NAE_ERA_R-2632_ENSV_TA_Emakeele_Selts_1945-1955, lk 76
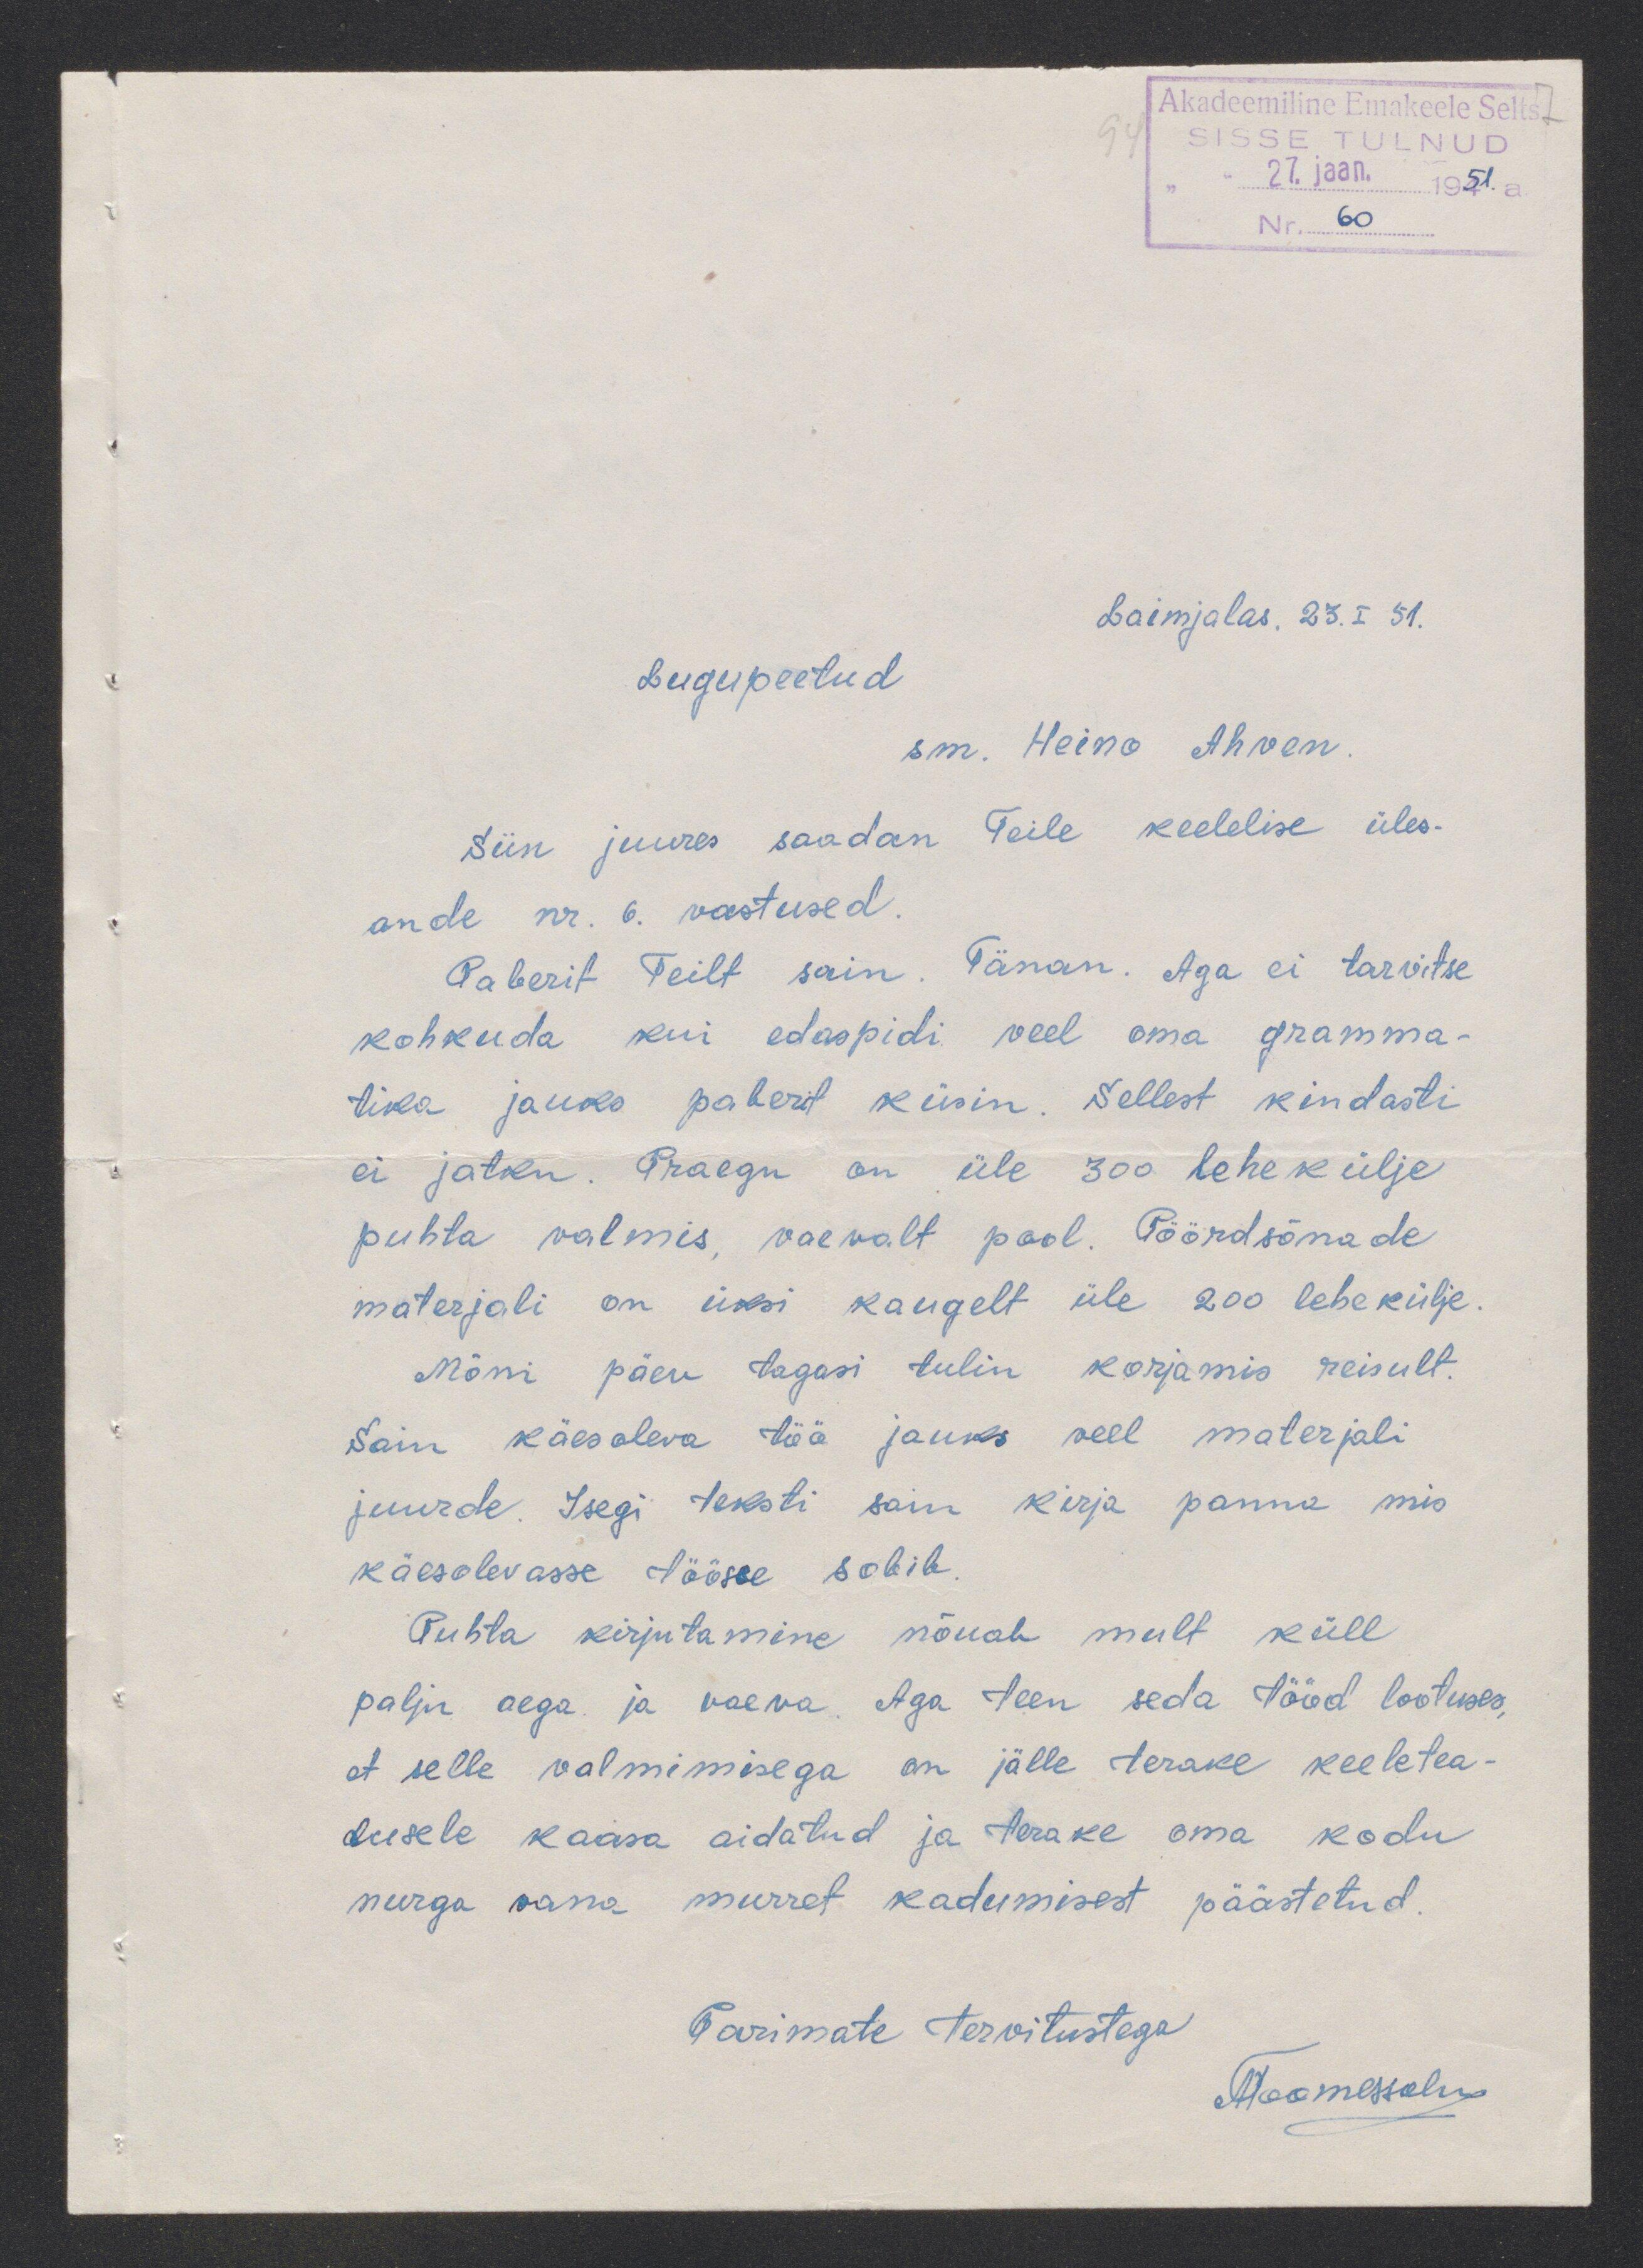
Akadeemiline Emakeele Selts
SISSE TULNUD
27. jaan 1951. a
60
Laimjalas. 23. I 51.
Lugupeetud
sm. Heino Ahven.
Siin juures saadan Teile keelelise üles-
ande nr. 6 vastused.
Paberit Teilt sain. Tänan. Aga ei tarvitse
kohkuda kui edaspidi veel oma gramma-
tika jauks paberit küsin. Sellest kindasti
ei jätku. Praegu on üle 300 lehekülje
puhta valmis, vaevalt pool. Pöördsõnade
materjali on üksi kaugelt üle 200 lehekülje
Mõni päev tagasi tulin korjamis reisult.
Sain käesoleva töö jauks veel materjali
juurde. Isegi teksti sain kirja panna mis
käesolevasse töösse sobib.
Puhta kirjutamine nõuab mult küll
palju aega ja vaeva. Aga teen seda tööd lootuses,
et selle valmimisega on jälle terake keeletea-
dusele kaasa aidatud ja terake oma kodu
nurga vana murret kadumisest päästetud.
Parimate tervitustega